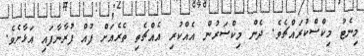
މިނެޓު މިކްސްކުރައްޗެވެ. ދެން މިކްސަރުން އެއްކުރި އެއްޗެތި ތެރެއަށް ފުއް ފުރާނާފައި އަޅާށެވެ.